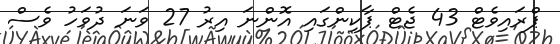
ޕްރައިވެޓް 43 ޖެޓް ޕާކިންގައި އޮންނަ އިރު 27 ވަނަ ދުވަހު ވެސް